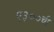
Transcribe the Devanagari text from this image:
ए३००ची